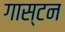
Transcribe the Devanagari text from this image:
गास्टन